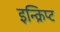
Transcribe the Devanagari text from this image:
इन्क्रिप्ट